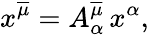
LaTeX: x^{\overline{{\mu}}}=A_{\alpha}^{\overline{{\mu}}}\, x^{\alpha},